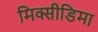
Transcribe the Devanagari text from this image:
मिक्सीडिमा